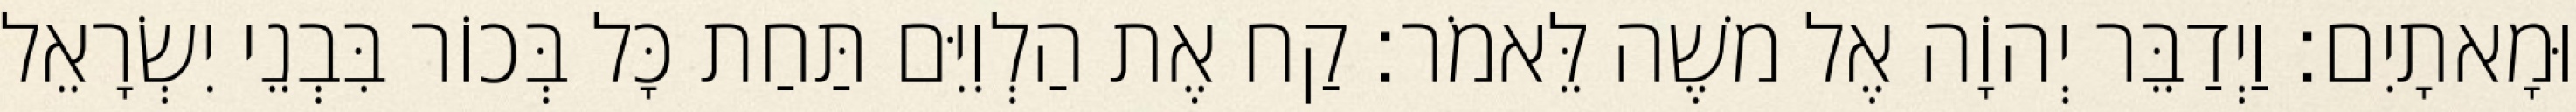
וּמָאתָיִם׃ וַיְדַבֵּר יְהוָֹה אֶל משֶׁה לֵּאמֹר׃ קַח אֶת הַלְוִיִּם תַּחַת כָּל בְּכוֹר בִּבְנֵי יִשְׂרָאֵל